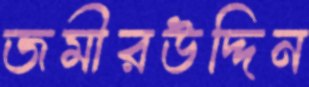
জমীরউদ্দিন